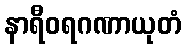
နာရီဝရဂဏာယုတံ